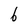
Character: 6